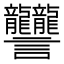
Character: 𧮩